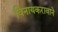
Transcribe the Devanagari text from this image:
विनायकरावाने